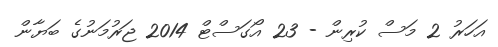
އަހަރު 2 މަސް ކުރިން - 23 އޯގަސްޓް 2014 ޖަރުމަނުގެ ބަޔާން